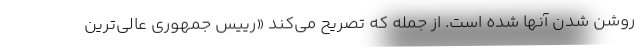
روشن شدن آنها شده است. از جمله که تصریح می‌کند «رییس جمهوری عالی‌ترین